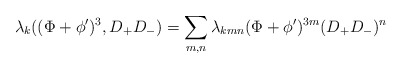
\begin{align*}\lambda_{k}((\Phi + \phi^{\prime} )^3,D_{+}D_{-})= \sum_{m,n} \lambda_{kmn} (\Phi + \phi^{\prime})^{3m} (D_{+}D_{-})^{n}\end{align*}